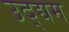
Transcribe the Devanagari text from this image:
उद्द्यम